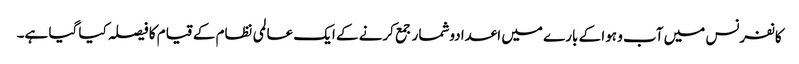
کانفرنس میں آب و ہوا کے بارے میں اعدادوشمار جمع کرنے کے ایک عالمی نظام کے قیام کا فیصلہ کیا گیا ہے۔